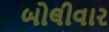
બોલીવાર